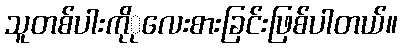
သူတစ်ပါးကိုုလေးစားခြင်းဖြစ်ပါတယ်။